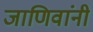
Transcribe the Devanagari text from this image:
जाणिवांनी